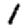
Digit: 1